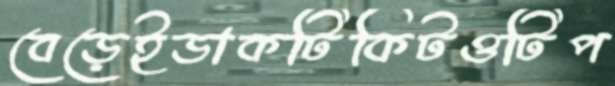
বেড়েইডাকটিকিটওটিপ